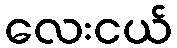
လေးငယ်